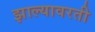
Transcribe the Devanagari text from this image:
झाल्यावरती